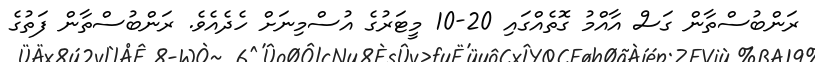
ރަންބުސްތާން ގަސް އާއްމު ގޮތެއްގައި 20-10 މީޓަރުގެ އުސްމިނަށް ހެދެއެވެ. ރަންބުސްތާން ފަތުގެ